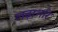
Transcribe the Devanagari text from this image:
लढ़ाभरि